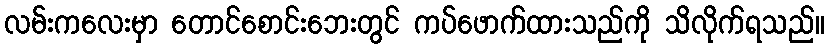
လမ်းကလေးမှာ တောင်စောင်းဘေးတွင် ကပ်ဖောက်ထားသည်ကို သိလိုက်ရသည်။